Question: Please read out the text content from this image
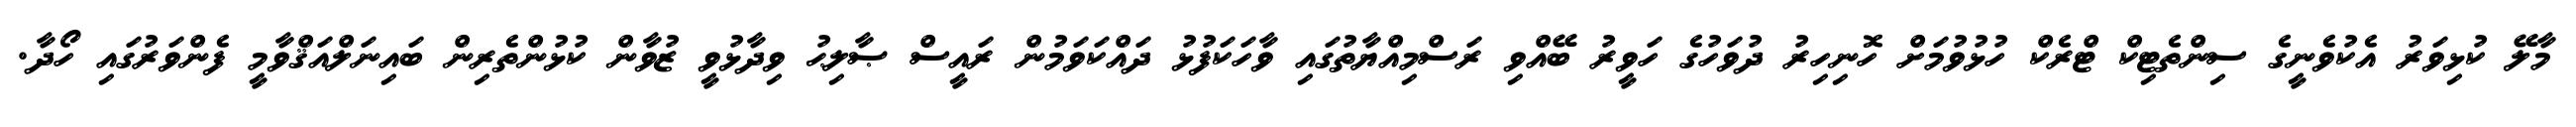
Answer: މާލޭ ކުޅިވަރު އެކުވެނީގެ ސިންތެޓިކް ޓްރެކް ހުޅުވުމަށް ހޮނިހިރު ދުވަހުގެ ހަވީރު ބޭއްވި ރަސްމިއްޔާތުގައި ވާހަކަފުޅު ދައްކަވަމުން ރައީސް ޞާލިޙު ވިދާޅުވީ ޒުވާން ކުޅުންތެރިން ބައިނަލްއަޤްވާމީ ފެންވަރުގައި ހޯދާ.